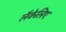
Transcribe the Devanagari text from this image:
लैकेलिए